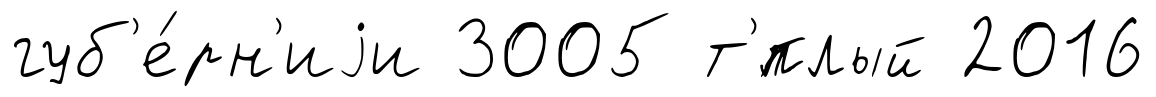
губ'е́рн'иjи 3005 т'́плый 2016